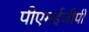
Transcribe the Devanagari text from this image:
पीएमईजीपी